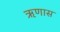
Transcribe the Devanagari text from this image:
ऋणास